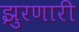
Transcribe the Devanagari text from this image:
झुरणारी